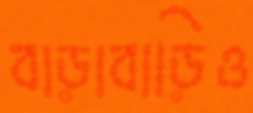
বাড়াবাড়িও